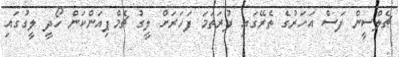
ޗެލްސީން ފަސް އަހަރުގެ ތެރޭގައި ފުރަތަމަ ފަހަރަށް ލީގު ޗެމްޕިއަންކަން ހޯދީ ލީގުގައި